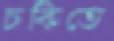
চকিতে